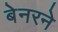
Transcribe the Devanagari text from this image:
बेनरने